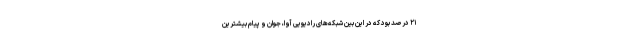
۲۱ درصد بود که در این‌ بین شبکه‌های رادیویی آوا، جوان و پیام بیشترین